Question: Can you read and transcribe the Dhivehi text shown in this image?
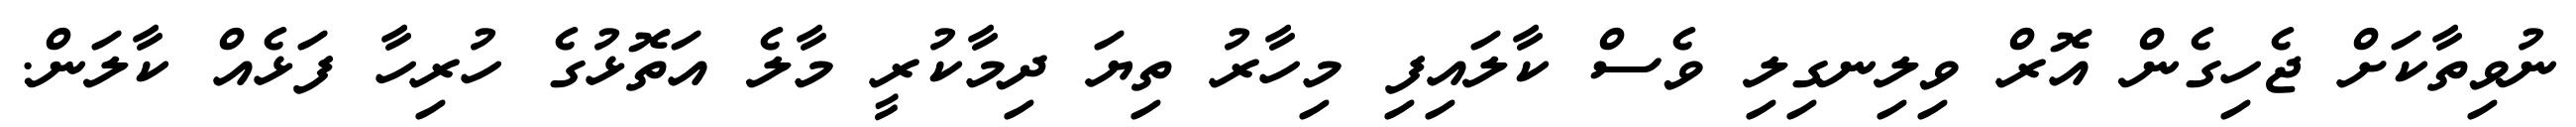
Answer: ނުވިތާކަށް ޖެހިގެން އޮރް ވިލިނގިލި ވެސް ކާލައިފި މިހާރު ތިޔަ ދިމާކުރީ މާލެ އަތޮޅުގެ ހުރިހާ ފަޅެއް ކާލަން.